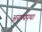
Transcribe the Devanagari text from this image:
अरण्यपथ।